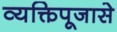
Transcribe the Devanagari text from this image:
व्यक्तिपूजासे